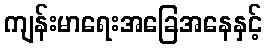
ကျန်းမာရေးအခြေအနေနှင့်